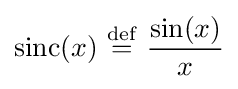
\operatorname {sinc} (x)\ {\stackrel {\mathrm {def} }{=}}\ {\frac {\sin(x)}{x}}